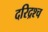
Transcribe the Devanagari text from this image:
दरिद्रश्च